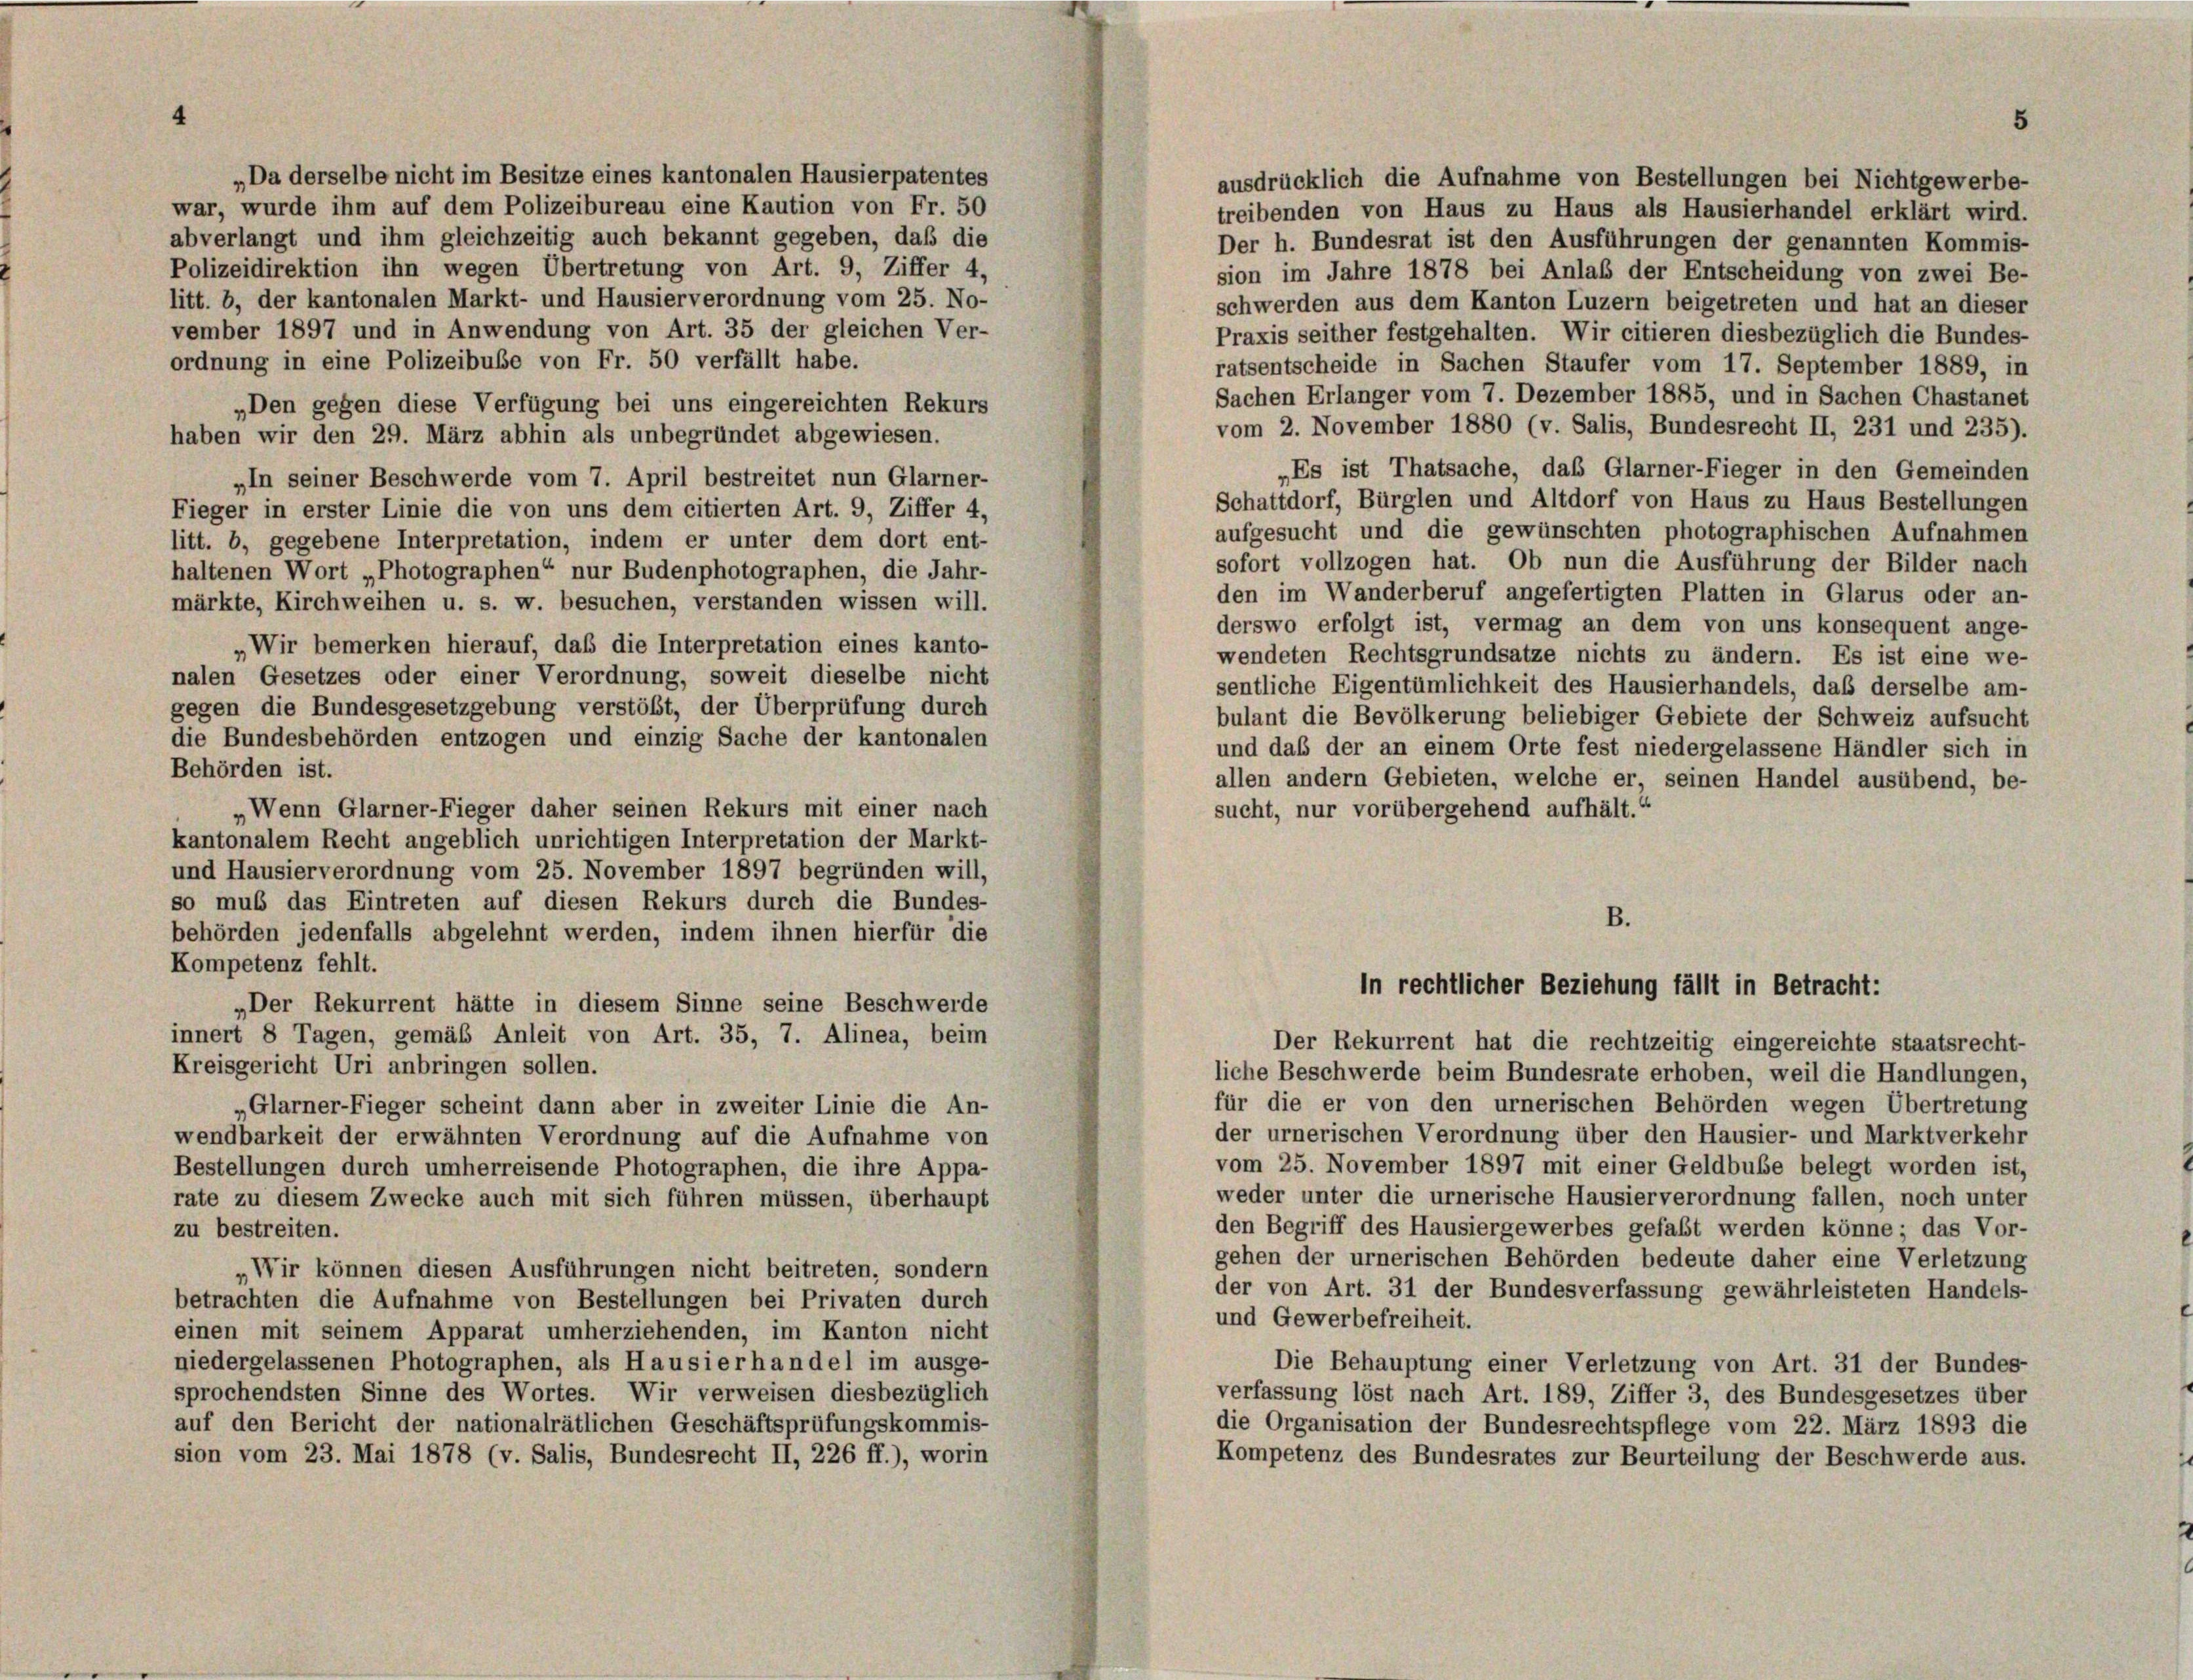
4

„Da derselbe nicht im Besitze eines kantonalen Hausierpatentes
ausdrücklich die Aufnahme von Bestellungen bei Nichtgewerbe-
war, wurde ihm auf dem Polizeibureau eine Kaution von Fr. 50
treibenden von Haus zu Haus als Hausierhandel erklärt wird.
abverlangt und ihm gleichzeitig auch bekannt gegeben, daß die
Der h. Bundesrat ist den Ausführungen der genannten Kommis-
Polizeidirektion ihn wegen Übertretung von Art. 9, Ziffer 4,
sion im Jahre 1878 bei Anlaß der Entscheidung von zwei Be-
litt. b, der kantonalen Markt- und Hausierverordnung vom 25. No-
schwerden aus dem Kanton Luzern beigetreten und hat an dieser
vember 1897 und in Anwendung von Art. 35 der gleichen Ver-
Praxis seither festgehalten. Wir citieren diesbezüglich die Bundes-
ordnung in eine Polizeibuße von Fr. 50 verfällt habe.
ratsentscheide in Sachen Staufer vom 17. September 1889, in
Sachen Erlanger vom 7. Dezember 1885, und in Sachen Chastanet
„Den gegen diese Verfügung bei uns eingereichten Rekurs
vom 2. November 1880 (v. Salis, Bundesrecht II, 231 und 235).
haben wir den 29. März abhin als unbegründet abgewiesen.
„Es ist Thatsache, das Glarner-Fieger in den Gemeinden
„In seiner Beschwerde vom 7. April bestreitet nun Glarner-
Schattdorf, Bürglen und Altdorf von Haus zu Haus Bestellungen
Fieger in erster Linie die von uns dem citierten Art. 9, Ziffer 4,
aufgesucht und die gewünschten photographischen Aufnahmen
litt. b, gegebene Interpretation, indem er unter dem dort ent-
sofort vollzogen hat. Ob nun die Ausführung der Bilder nach
haltenen Wort „Photographen“ nur Budenphotographen, die Jahr-
den im Wanderberuf angefertigten Platten in Glarus oder an-
märkte, Kirchweihen u. s. w. besuchen, verstanden wissen will.
derswo erfolgt ist, vermag an dem von uns konsequent ange-
„Wir bemerken hierauf, daß die Interpretation eines kanto-
wendeten Rechtsgrundsätze nichts zu ändern. Es ist eine we-
nalen Gesetzes oder einer Verordnung, soweit dieselbe nicht
sentliche Eigentümlichkeit des Hausierhandels, daß derselbe am-
gegen die Bundesgesetzgebung verstößt, der Überprüfung durch
bulant die Bevölkerung beliebiger Gebiete der Schweiz aufsucht
die Bundesbehörden entzogen und einzig Sache der kantonalen
und daß der an einem Orte fest niedergelassene Händler sich in
Behörden ist.
allen andern Gebieten, welche er, seinen Handel ausübend, be-
sucht, nur vorübergehend aufhält.
„Wenn Glarner-Fieger daher seinen Rekurs mit einer nach
kantonalem Recht angeblich unrichtigen Interpretation der Markt-
und Hausierverordnung vom 25. November 1897 begründen will,
so muß das Eintreten auf diesen Rekurs durch die Bundes-
B.
behörden jedenfalls abgelehnt werden, indem ihnen hierfür die
Kompetenz fehlt.
in rechtlicher Beziehung fällt in Betracht:
„Der Rekurrent hätte in diesem Sinne seine Beschwerde
innert 8 Tagen, gemäß Anleit von Art. 35, 7. Alinea, beim
Der Rekurrent hat die rechtzeitig eingereichte staatsrecht-
Kreisgericht Uri anbringen sollen.
liche Beschwerde beim Bundesrate erhoben, weil die Handlungen,
für die er von den urnerischen Behörden wegen Übertretung
Glarner-Fieger scheint dann aber in zweiter Linie die An-
der urnerischen Verordnung über den Hausier- und Marktverkehr
wendbarkeit der erwähnten Verordnung auf die Aufnahme von
vom 25. November 1897 mit einer Geldbube belegt worden ist,
Bestellungen durch umherreisende Photographen, die ihre Appa-
weder unter die urnerische Hausierverordnung fallen, noch unter
rate zu diesem Zwecke auch mit sich führen müssen, überhaupt
den Begriff des Hausiergewerbes gefaßt werden könne; das Vor-
zu bestreiten.
gehen der urnerischen Behörden bedeute daher eine Verletzung
Wir können diesen Ausführungen nicht beitreten, sondern
der von Art. 31 der Bundesverfassung gewährleisteten Handels-
betrachten die Aufnahme von Bestellungen bei Privaten durch
und Gewerbefreiheit.
einen mit seinem Apparat umherziehenden, im Kanton nicht
niedergelassenen Photographen, als Hausierhandel im ausge-
Die Behauptung einer Verletzung von Art. 31 der Bundes-
sprochendsten Sinne des Wortes. Wir verweisen diesbezüglich
verfassung löst nach Art. 189, Ziffer 3, des Bundesgesetzes über
auf den Bericht der nationalrätlichen Geschäftsprüfungskommis-
die Organisation der Bundesrechtspflege vom 22. März 1893 die
sion vom 23. Mai 1878 (v. Salis, Bundesrecht II, 226 ff.), worin
Kompetenz des Bundesrates zur Beurteilung der Beschwerde aus.